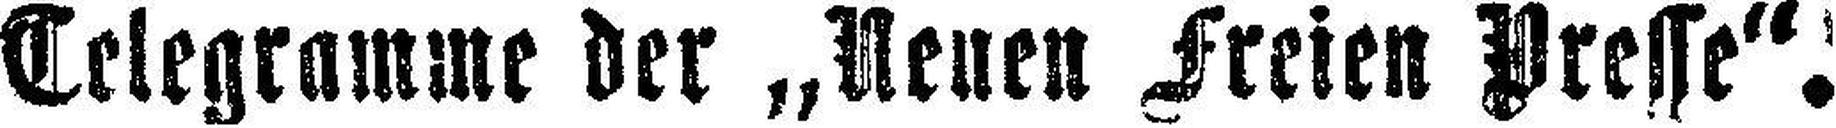
Telegramme der „Neuen Freien Presse“.